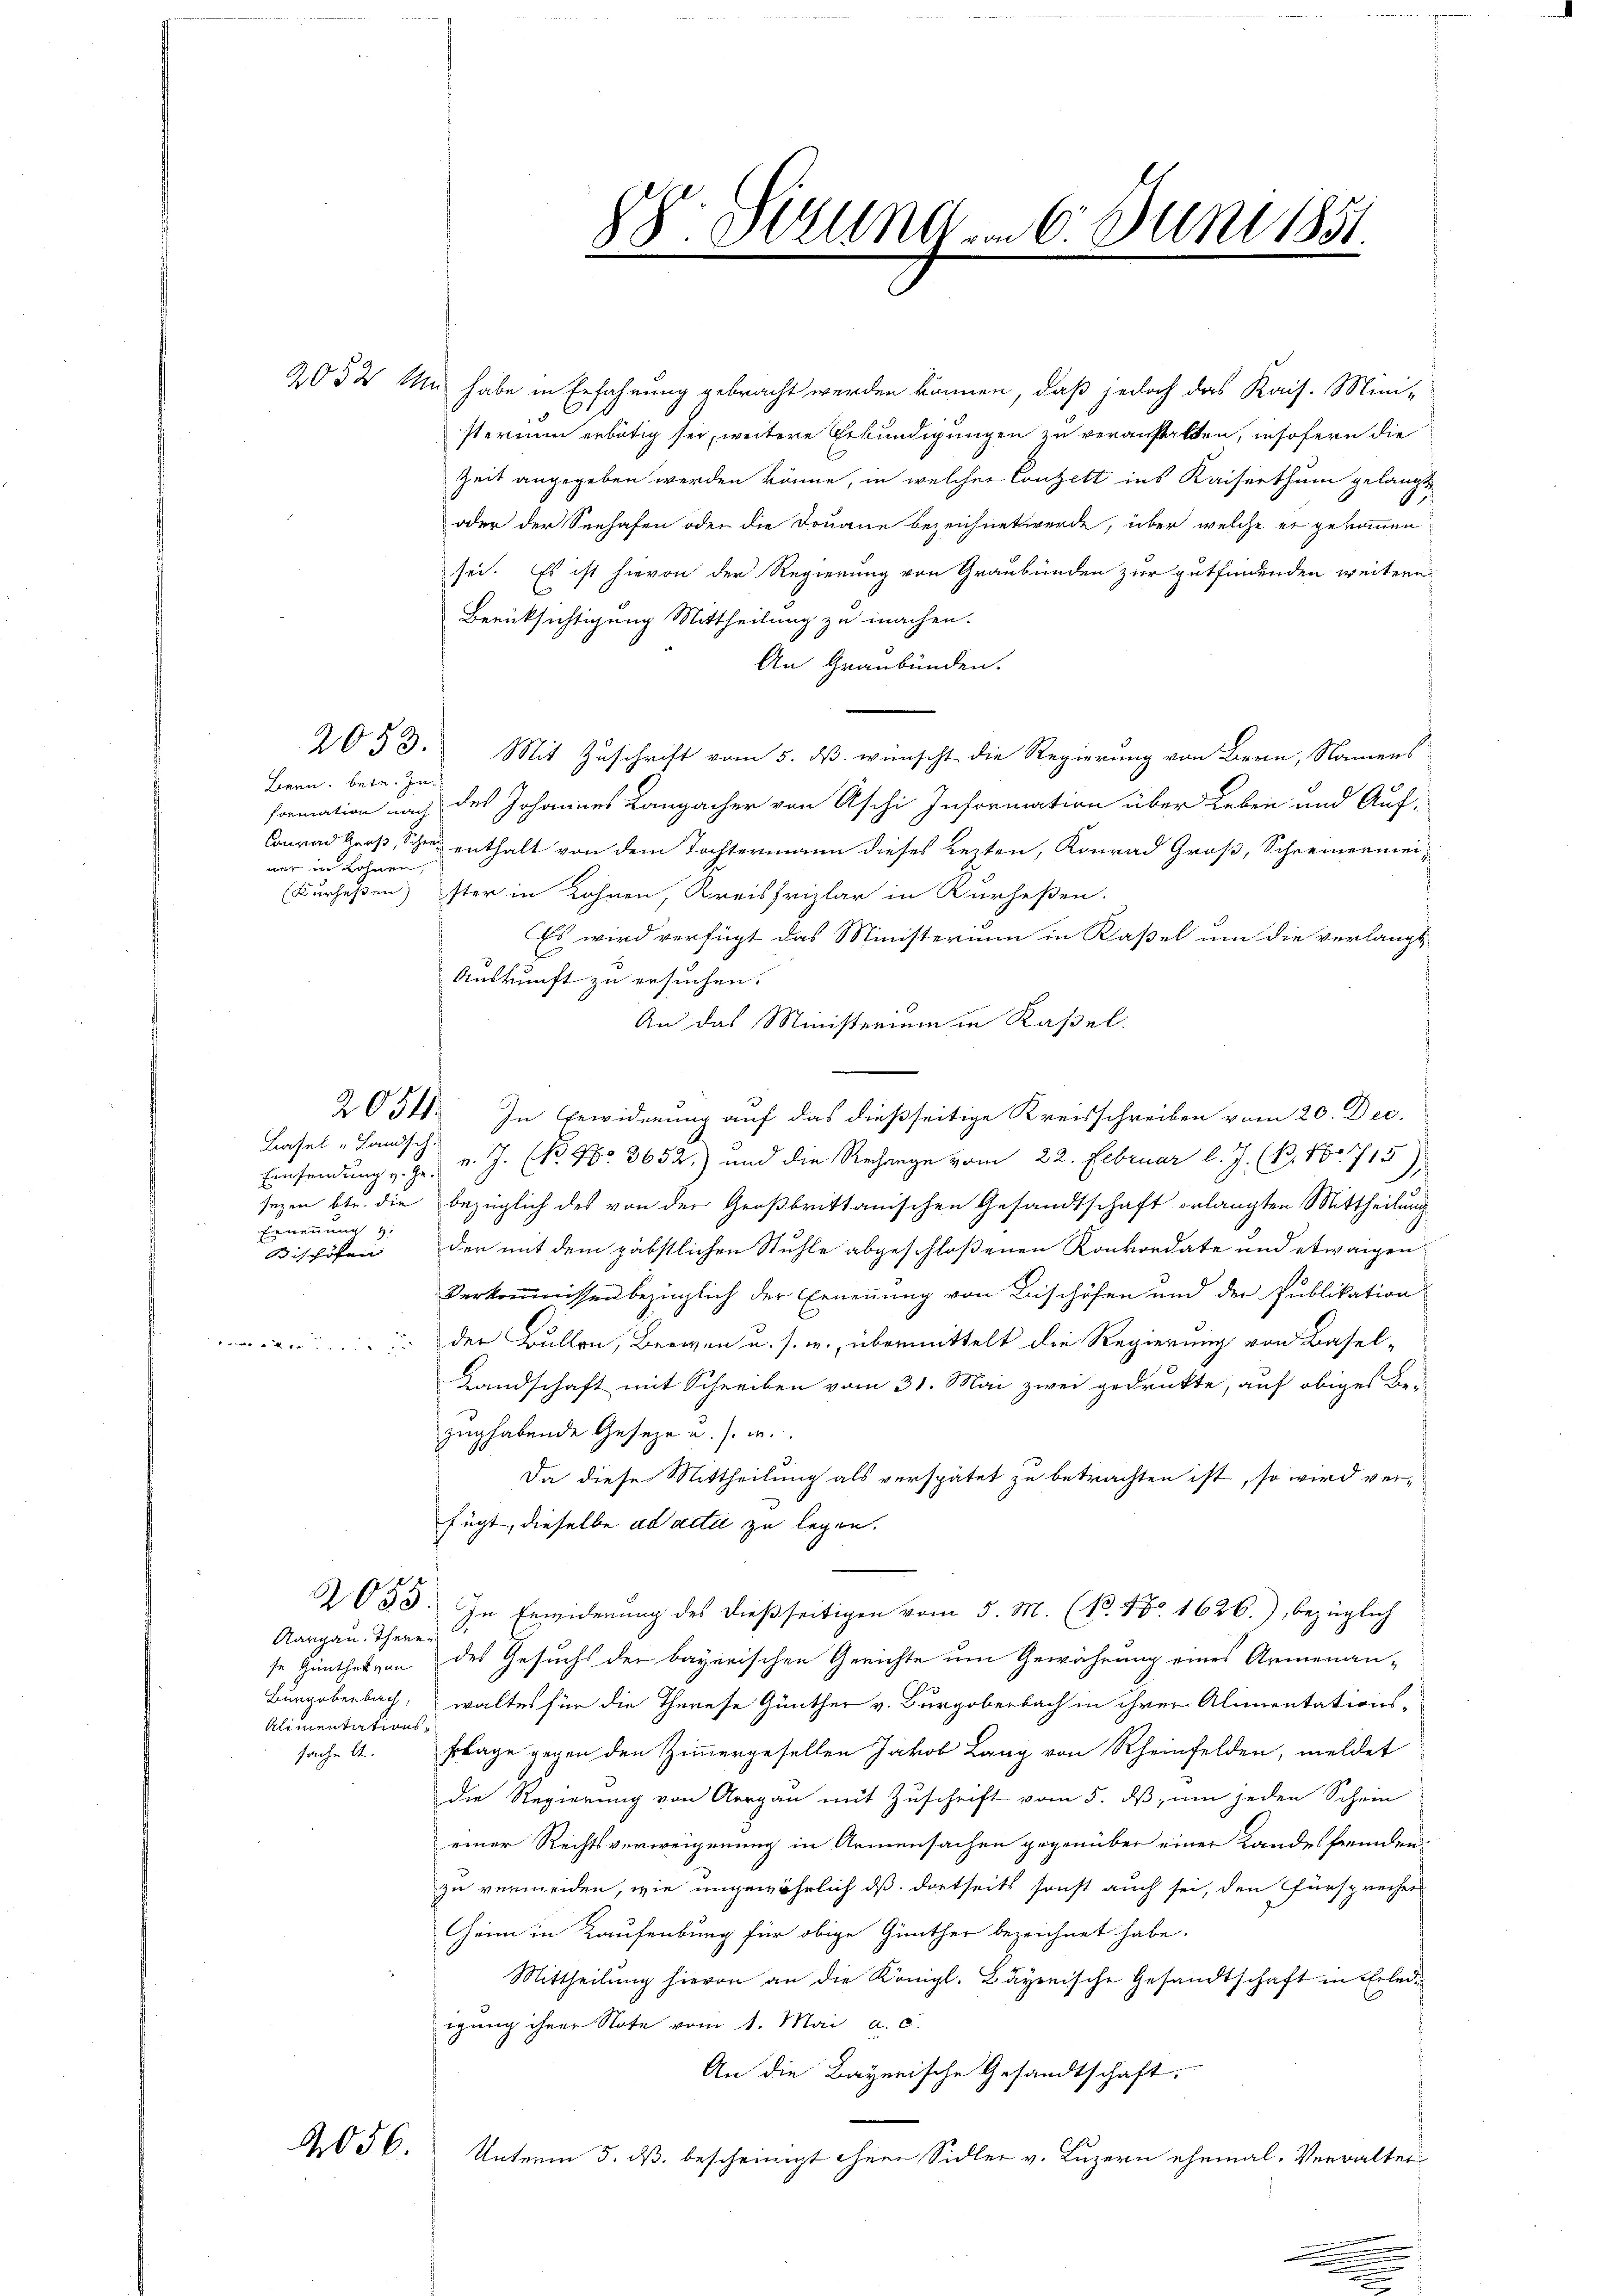
2053.

Bern, betr. In
ner in Lohnen,
(Kurhesen)

Basel „Landsch
Ernennung z

Aargau, Theren
se Güntheizen
Burgoberbach,
Alimentationssache A

056.

2052 Mn habe in Erfahrung gebracht werden können, daß jedoch das Kais. Mini-
d
sterium erbätig sei, weitere Erkundigungen zu veranstatten, insofern die
Zeit angegeben werden könne, in welcher Conzelt ins Kaiserthum gelangt,
oder der Seehafen oder die Douane bezeichnet werde, über welche er gekommen
sei. Es ist hievon der Regierung von Graubünden zur gutfindenden weitern
Berücksichtigung Mittheilung zu machen.
An Graubünden.
Mit Zuschrift vom 5. dß wünscht die Regierung von Bern, Namens
formation nach des Johannes Langacher von Aschi Information über Leben und Auf-
Conrad Groß, Schwer enthalt von dem Tochtermann dieses Lezten, Konrad Groß, Schreinermeister in Lohnen, Kreisfrizlar in Kurhessen.
Es wird verfügt das Ministerium in Kaßel um die verlangt
Auskunft zu ersuchen.
An das Ministerium in Kaßel
2051. In Gewidmung auf das dießseitige Kreisschreiben vom 20. Dec.
Einsendung s. Z. v. J. (Nr. 980 3652) und die Rechange vom 22. Februar l. J. (B. 86. 715
sezen betr. die bezüglich des von der Großbrittanischen Gesandtschaft erlangten Mittheilung
Bischöfen der mit dem päbstlichen Stühle abgeschloßenen Konkordate und etwaigen
Verkommnissen bezüglich der Ernennung von Bischöfen und der Publikation
 der Bullen, Breven u. s. w., übermittelt die Regierung von Basel-
Landschaft mit Schreiben vom 31. Mai zwei gedrukte, auf obiges Be-
zughabende Geseze u. s. w.
Da diese Mittheilung als verspätet zu betrachten ist, so wird ver-
fügt, dieselbe ad acti zu legen.
053. In Erwiderung des dießseitigen vom 5. M. (N. No. 1626.) bezüglich
des Gesuchs der bayerischen Gerichte um Gewährung eines Armenanwaltes für die Therese Günther v. Burgoberbach in ihrer Alimentations-
flage gegen den Zimmergesellen Jakob Lang von Rheinfelden, meldet
die Regierung von Aargau mit Zuschrift vom 5. dß, um jeden Schein
einer Rechtsverweigenung in Armensachen gegenüber einer Landesfremden
zu vermeiden, wie ungewährlich dß dortseits sonst auch sei, den Fürsprechers
Heim in Kaufenburg für obige Günther bezeichnet habe.
Mittheilung hievon an die Königl. Bayerische Gesandtschaft in Erled
igung ihrer Note vom 1. Mai a. c.
An die Bayerische Gesandtschaft,
Unterm 5. ds. bescheinigt ihnen Sidler v. Luzern ehemal. Verwaltet

2. Seinem 6. Juni 1851
t
.
.